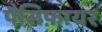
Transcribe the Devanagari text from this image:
पैसिफ़ायर